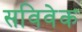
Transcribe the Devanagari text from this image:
सविवेक